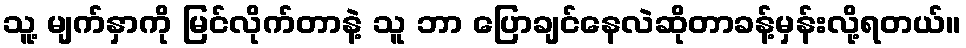
သူ့ မျက်နှာကို မြင်လိုက်တာနဲ့ သူ ဘာ ပြောချင်နေလဲဆိုတာခန့်မှန်းလို့ရတယ်။